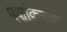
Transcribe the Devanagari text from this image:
पक्षांकरता